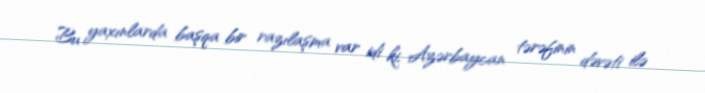
Bu yaxınlarda başqa bir razılaşma var idi ki, Azərbaycan tərəfinin dəvəti ilə